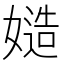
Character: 𡠻